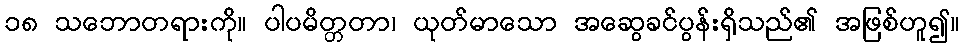
၁၈ သဘောတရားကို။ ပါပမိတ္တတာ၊ ယုတ်မာသော အဆွေခင်ပွန်းရှိသည်၏ အဖြစ်ဟူ၍။